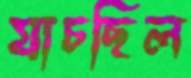
যাচছিল